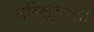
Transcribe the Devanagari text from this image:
ब्रिस्कोला